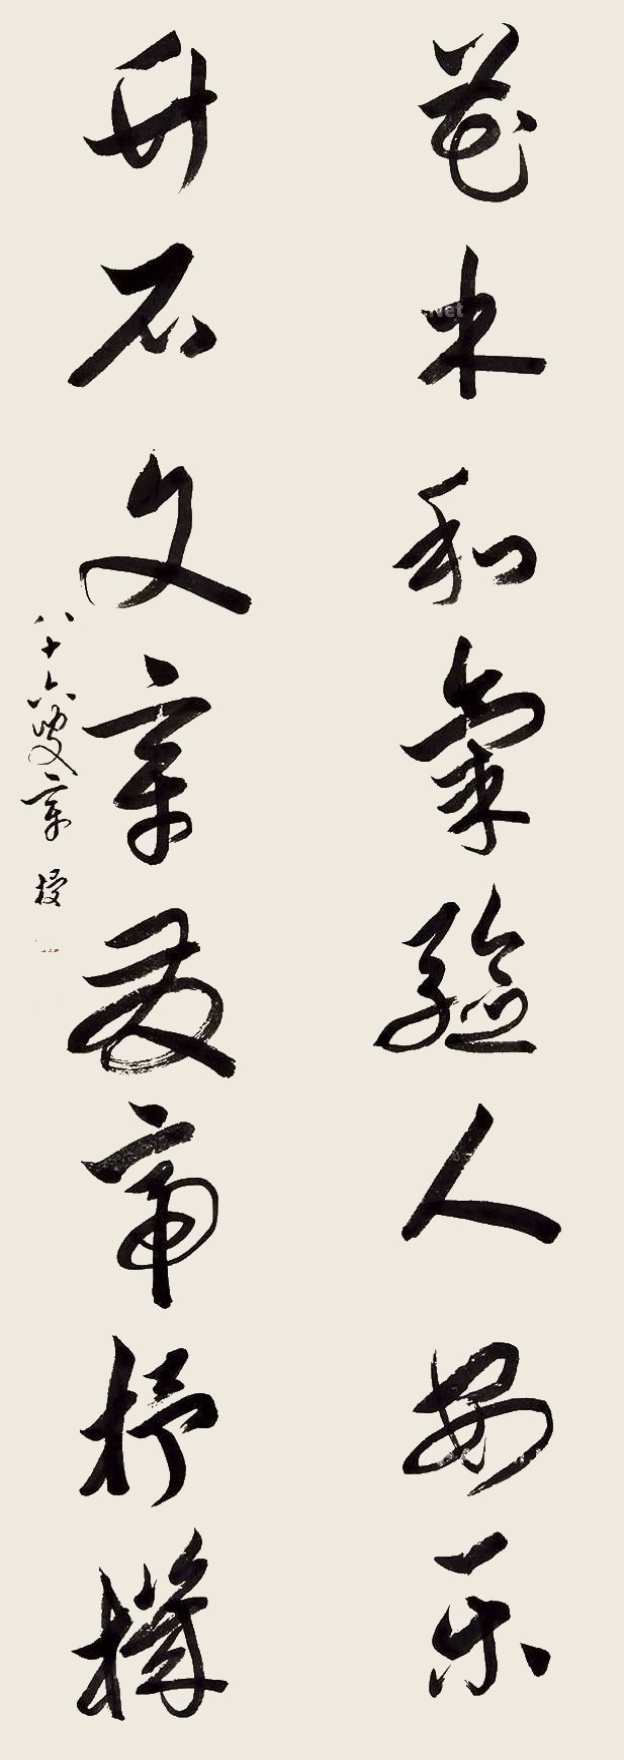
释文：花木和气验人安乐，竹石文章发帝抒机。八十六章梫。